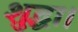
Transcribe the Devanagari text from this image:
शुद्धा।